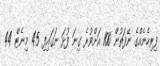
ފިރިހެނެއްގެ ނޭފަތުން 100 އަށްވުރެ ގިނަ ފުޅަ ނަގައިފި 45 މިނެޓް 44